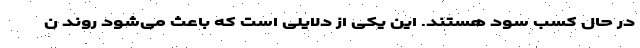
در حال کسب سود هستند. این یکی از دلایلی است که باعث می‌شود روند ن